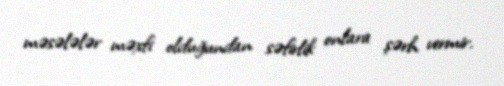
məsələlər məxfi olduğundan səfirlik onlara şərh vermir.